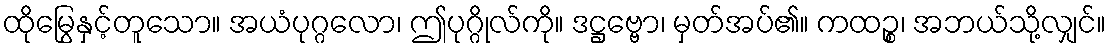
ထိုမြွေနှင့်တူသော။ အယံပုဂ္ဂလော၊ ဤပုဂ္ဂိုလ်ကို။ ဒဋ္ဌဗ္ဗော၊ မှတ်အပ်၏။ ကထဉ္စ၊ အဘယ်သို့လျှင်။